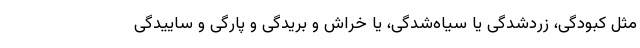
مثل کبودگی، زردشدگی یا سیاه‌شدگی، یا خراش و بریدگی و پارگی و ساییدگی